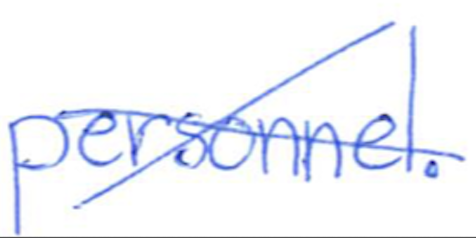
Text: personnel.
Cross-out: cross
Writing tool: ballpoint